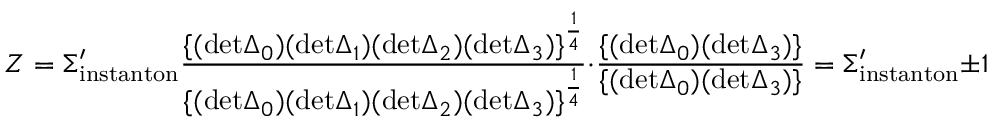
Z = \Sigma _ { \mathrm { i n s t a n t o n } } ^ { \prime } { \frac { \{ ( \mathrm { d e t } \Delta _ { 0 } ) ( \mathrm { d e t } \Delta _ { 1 } ) ( \mathrm { d e t } \Delta _ { 2 } ) ( \mathrm { d e t } \Delta _ { 3 } ) \} ^ { \frac { 1 } { 4 } } } { \{ ( \mathrm { d e t } \Delta _ { 0 } ) ( \mathrm { d e t } \Delta _ { 1 } ) ( \mathrm { d e t } \Delta _ { 2 } ) ( \mathrm { d e t } \Delta _ { 3 } ) \} ^ { \frac { 1 } { 4 } } } } \cdot { \frac { \{ ( \mathrm { d e t } \Delta _ { 0 } ) ( \mathrm { d e t } \Delta _ { 3 } ) \} } { \{ ( \mathrm { d e t } \Delta _ { 0 } ) ( \mathrm { d e t } \Delta _ { 3 } ) \} } } = \Sigma _ { \mathrm { i n s t a n t o n } } ^ { \prime } \pm 1